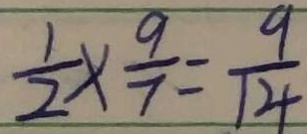
\frac { 1 } { 2 } \times \frac { 9 } { 7 } = \frac { 9 } { 1 4 }